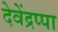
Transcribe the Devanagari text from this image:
देवेंद्रप्पा